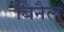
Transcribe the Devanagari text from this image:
बिनैल